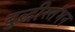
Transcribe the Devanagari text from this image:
बुद्धीस्तंभन